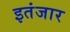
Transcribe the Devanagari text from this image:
इतंजार